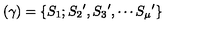
( \gamma ) = \{ S _ { 1 } ; { S _ { 2 } } ^ { \prime } , { S _ { 3 } } ^ { \prime } , \cdots { S _ { \mu } } ^ { \prime } \}